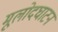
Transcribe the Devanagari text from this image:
मूलोदघाटन